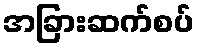
အခြားဆက်စပ်